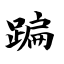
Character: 蹁